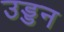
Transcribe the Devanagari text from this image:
उड्डन